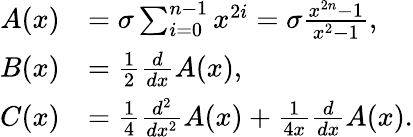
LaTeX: {\begin{array}{rl}{A(x)}&{=\sigma\sum_{i=0}^{n-1}x^{2i}=\sigma{\frac{x^{2n}-1}{x^{2}-1}},}\\ {B(x)}&{={\frac{1}{2}}{\frac{d}{dx}}A(x),}\\ {C(x)}&{={\frac{1}{4}}{\frac{d^{2}}{dx^{2}}}A(x)+{\frac{1}{4x}}{\frac{d}{dx}}A(x).}\end{array}}